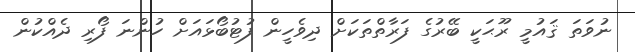
ނުވަތަ ޤައުމީ ރޫޙަކީ ބޭރުގެ ފަރާތްތަކަށް ދިވެހީން ފުޓުބޯޅައަށް ހުންނަ ފޯރި ދެއްކުން